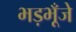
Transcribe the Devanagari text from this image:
भड़भूँजे